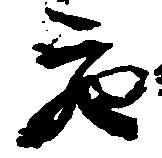
充